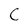
Character: C